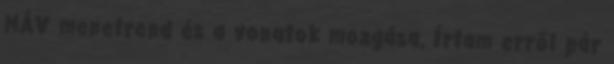
MÁV menetrend és a vonatok mozgása. Írtam erről pár